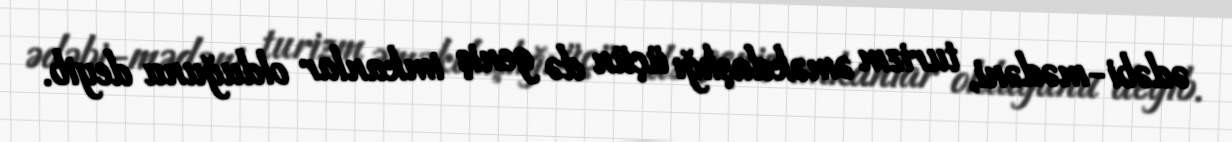
ədəbi-mədəni, turizm əməkdaşlığı üçün də geniş imkanlar olduğunu deyib.